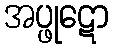
အပ္ဖုဋော